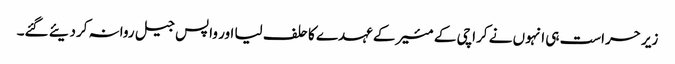
زیر حراست ہی انہوں نے کراچی کے مئیر کے عہدے کا حلف لیا اور واپس جیل روانہ کردیئے گئے۔